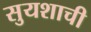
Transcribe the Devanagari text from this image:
सुयशाची